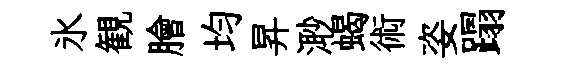
氷観膾均昇𣺌蝎術姿蹋